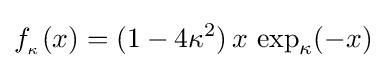
f_{_{\kappa }}(x)=(1-4\kappa ^{2})\,x\,\exp _{\kappa }(-x)